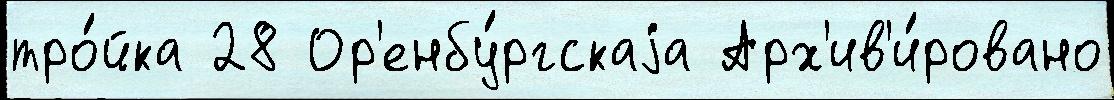
тро́йка 28 Ор'енбу́ргскаjа Арх'ив'и́ровано